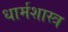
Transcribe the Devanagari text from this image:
धार्मशास्त्र